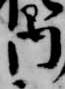
内